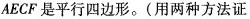
AECF是平行四边形。(用两种方法证